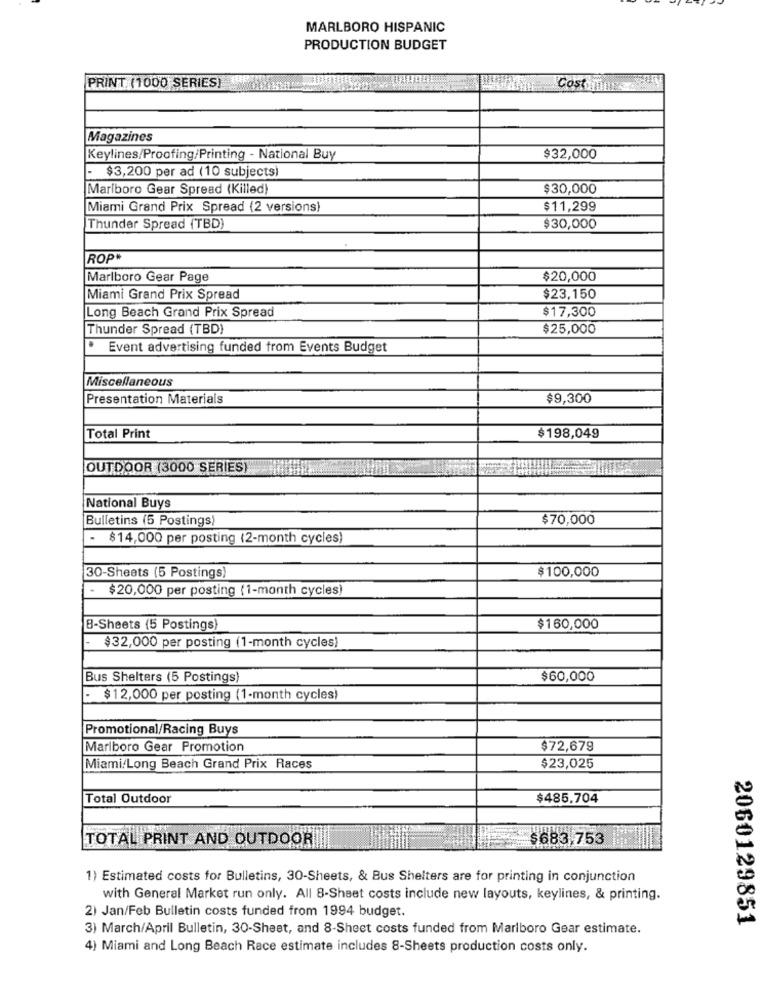
MARLBORO HISPANIC
PRODUCTION BUDGET
PRINT (1000 SERIES)
Costing
Magazines
Keylines/Proofing/Printing - National Buy
$32,000
- $3,200 per ad (10 subjects)
Marlboro Gear Spread (Killed)
$30,000
Miami Grand Prix Spread (2 versions)
$11,299
Thunder Spread (TBD)
$30,000
ROP
Marlboro Gear Page
$20,000
Miami Grand Prix Spread
$23,150
$17,300
Long Beach Grand Prix Spread
Thunder Spread (TBD)
$25,000
Event advertising funded trom Events Budget
Miscellaneous
Presentation Materials
$9,300
Total Print
$198,049
OUTDOOR (3000 SERIES)
National Buys
Bulletins (5 Postings
$70,000
- $14,000 per posting (2-month cycles)
$100,000
30-Sheets (5 Postings)
$20,000 per posting (1-month cycles)
8-Sheets (5 Postings)
$160,000
$32,000 per posting (1-month cycles)
Bus Shelters (5 Postings
$60,000
-
$12,000 per posting (1-month cycles)
Promotional/Racing Buys
Marlboro Gear Promotion
$72,679
Miami/Long Beach Grand Prix Races
$23,025
Total Outdoor
$485.704
TOTAL PRINT AND OUTDOOR
$683,753
1) Estimated costs for Bulletins, 30-Sheets, & Bus Shelters are for printing in conjunction
with General Market run only. All 8-Sheet costs include new layouts, keylines, & printing.
2) Jan/Feb Bulletin costs funded from 1994 budget.
2060129851
3) March/April Bulletin, 30-Sheet, and 8-Sheet costs funded from Marlboro Gear estimate.
4) Miami and Long Beach Race estimate includes 8-Sheets production costs only.